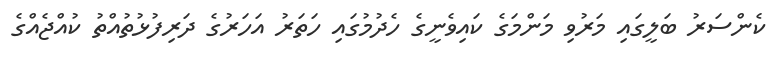
ކެންސަރު ބަލީގައި މަރުވި މަންމަގެ ކައިވެނީގެ ހެދުމުގައި ހަތަރު އަހަރުގެ ދަރިފުޅުތުއްތު ކުއްޖެއްގެ